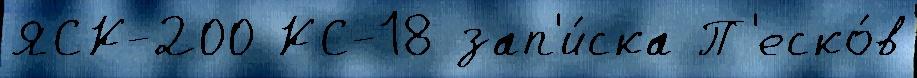
ЯСК-200 КС-18 зап'и́ска П'еско́в